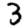
Digit: 3